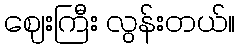
ဈေးကြီး လွန်းတယ်။